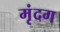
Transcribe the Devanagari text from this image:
मृंदग